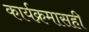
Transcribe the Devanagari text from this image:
कार्यक्रमासही